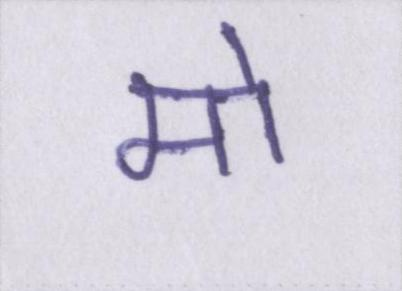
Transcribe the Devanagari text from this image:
मो